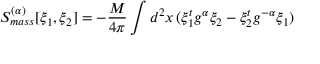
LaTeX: S _ { m a s s } ^ { ( \alpha ) } [ \xi _ { 1 } , \xi _ { 2 } ] = - \frac { M } { 4 \pi } \int d ^ { 2 } x \, ( \xi _ { 1 } ^ { t } g ^ { \alpha } \xi _ { 2 } - \xi _ { 2 } ^ { t } g ^ { - \alpha } \xi _ { 1 } )